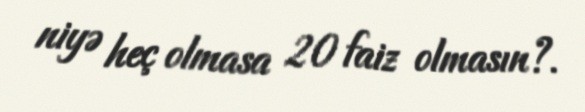
niyə heç olmasa 20 faiz olmasın?.